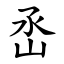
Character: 㞼